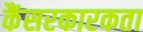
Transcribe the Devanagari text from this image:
कैंसरकारकता